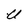
Character: U